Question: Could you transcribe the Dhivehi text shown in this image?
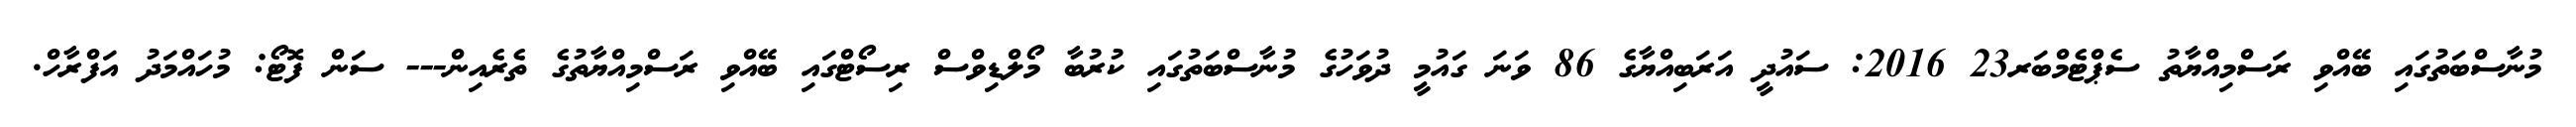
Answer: މުނާސްބަތުގައި ބޭއްވި ރަސްމިއްޔާތު ސެޕްޓެމްބަރ23 2016: ސައުދީ އަރަބިއްޔާގެ 86 ވަނަ ގައުމީ ދުވަހުގެ މުނާސްބަތުގައި ކުރުބާ މޯލްޑިވްސް ރިސޯޓްގައި ބޭއްވި ރަސްމިއްޔާތުގެ ތެރެއިން--- ސަން ފޮޓޯ: މުހައްމަދު އަފްރާހް.